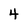
Character: 4